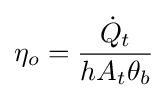
\eta _{o}={\frac {{\dot {Q}}_{t}}{hA_{t}\theta _{b}}}